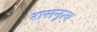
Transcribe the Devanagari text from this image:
रासनृत्य